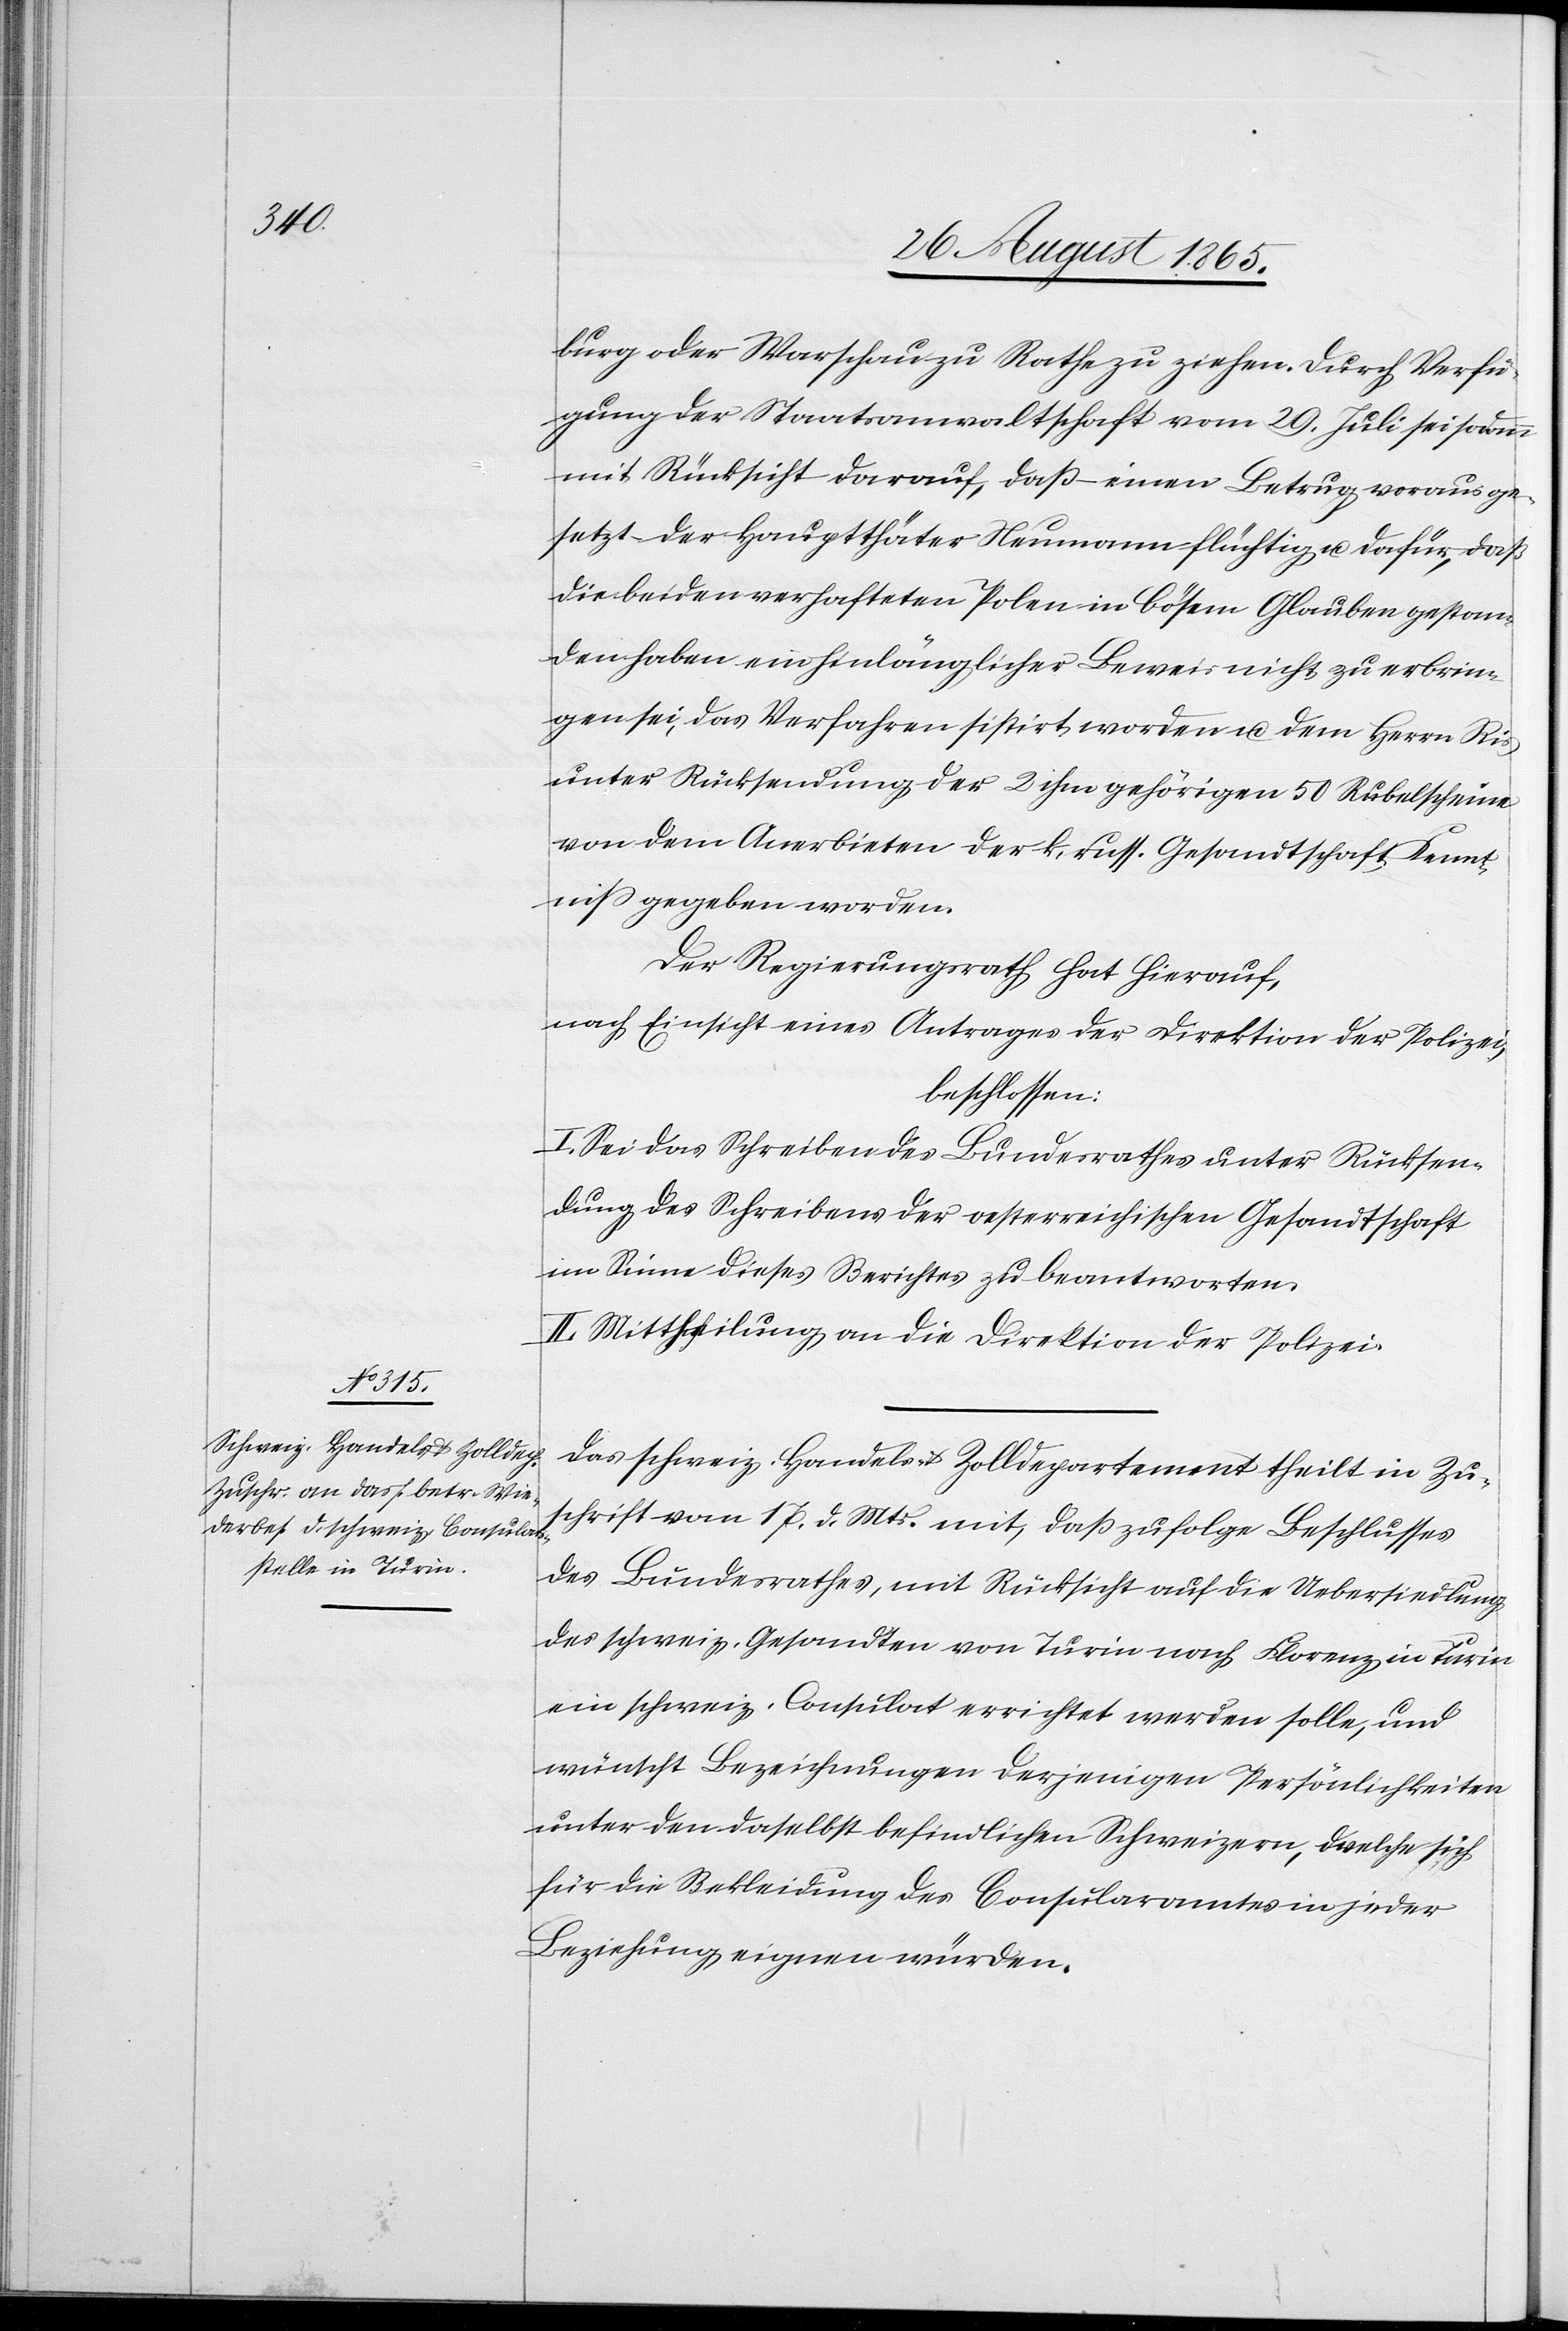
s

burg oder Warschau zu Rathe zu ziehen. Durch Verfü¬
gung der Staatsanwaltschaft vom 29. Juli sei sodann
mit Rücksicht darauf, daß – einen Betrug vorausge¬
setzt – der Hauptthäter Neumann flüchtig u. dafür, daß
die beiden verhafteten Polen in bösem Glauben gestan¬
den haben ein hinlänglicher Beweis nicht zu erbrin¬
gen sei, das Verfahren sistirt worden u. dem Herrn Ri¬
unter Rücksendung der 2 ihm gehörigen 50 Rubelscheine
von dem Anerbieten der k. russ. Gesandtschaft, Kennt¬
niß gegeben worden.
Der Regierungsrath hat hierauf,
nach Einsicht eines Antrages der Direktion der Polizei,
beschlossen:
I. Sei das Schreiben des Bundesrathes unter Rücksen¬
dung des Schreibens der oesterreichischen Gesandtschaft
im Sinne dieses Berichtes zu beantworten.
II. Mittheilung an die Direktion der Polizei.
Das schweiz. Handels- u. Zolldepartement theilt in Zu¬
schrift vom 17. d. Mts. mit, daß zufolge Beschlusses
des Bundesrathes, mit Rücksicht auf die Uebersiedlung
des schweiz. Gesandten von Turin nach Florenz in Turin
ein schweiz. Consulat errichtet werden solle, und
wünscht Bezeichnungen derjenigen Persönlichkeiten
unter den daselbst befindlichen Schweizern, welche sich
für die Bekleidung des Consularamtes in jeder
Beziehung eignen würden.